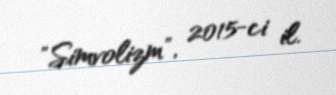
"Simvolizm", 2015-ci il.